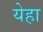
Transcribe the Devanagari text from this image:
येहा